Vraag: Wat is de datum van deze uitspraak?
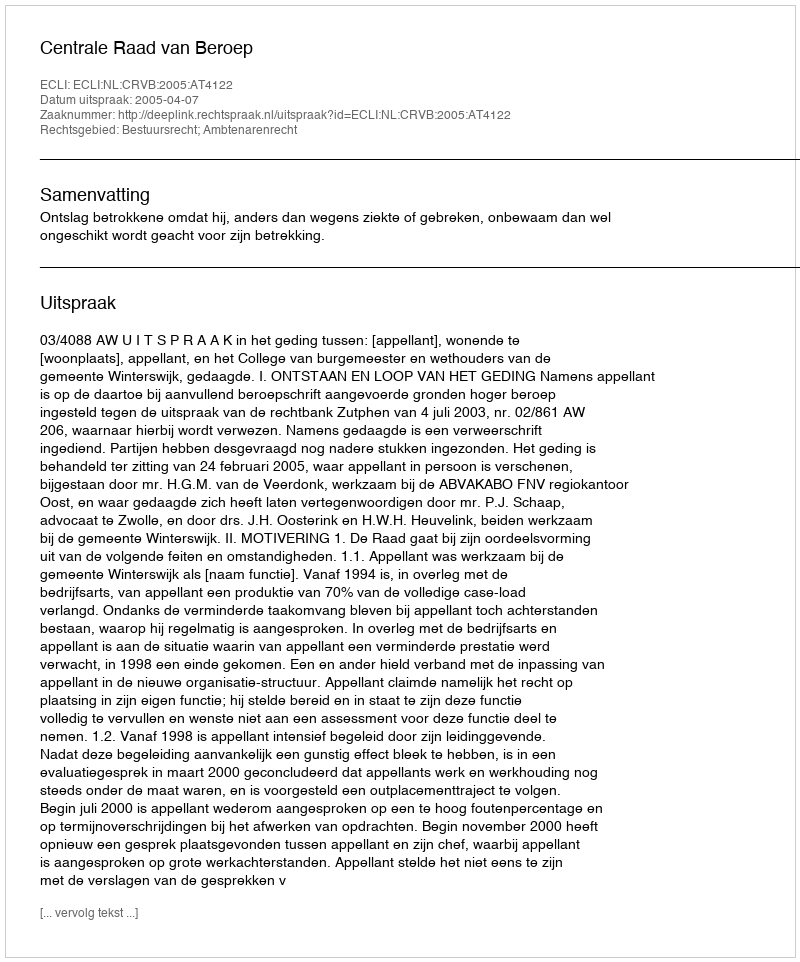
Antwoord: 2005-04-07